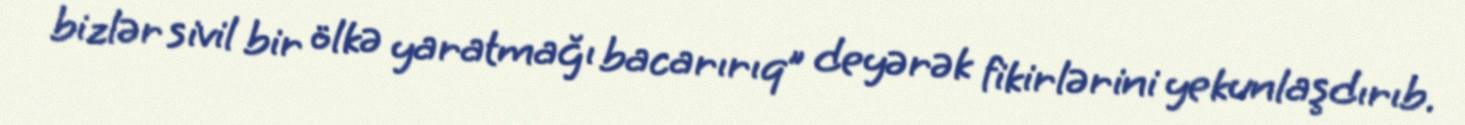
bizlər sivil bir ölkə yaratmağı bacarırıq” deyərək fikirlərini yekunlaşdırıb.